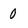
Character: 0